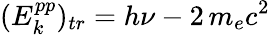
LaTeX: (E_{k}^{pp})_{tr}=h\nu-2\, m_{e}c^{2}